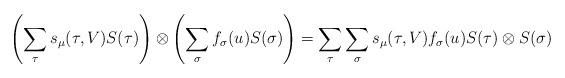
LaTeX: \begin{align*} \left( \sum_\tau s_\mu(\tau, V) S(\tau)\right)\otimes \left(\sum_\sigma f_\sigma(u) S(\sigma)\right) = \sum_\tau \sum_\sigma s_\mu(\tau, V) f_\sigma(u) S(\tau) \otimes S(\sigma) \end{align*}